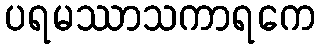
ပရမဿာသကာရကေ